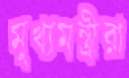
মুখ্যমন্ত্রীরা